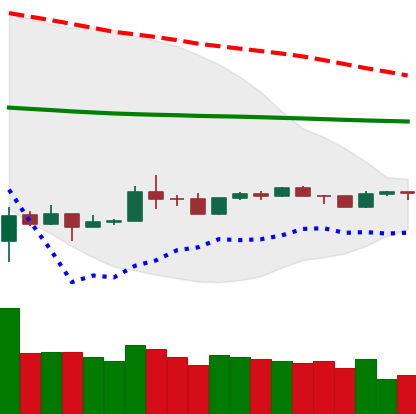
Ticker: TRX-USD
Chart end date: 2020-04-01
Forward return: 17.996%
Label: up_7plus